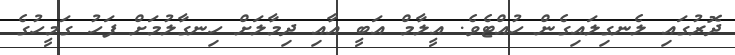
ދޮރުގައި ލެނގިލައިގެން ހުއްޓެވެ. އީލާމް އަބީ އާއި ދިމާލަށް ހިނގާލުމަށް ފަހު ގަމީހުގެ